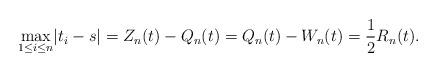
LaTeX: \begin{gather*}\underset{1\leq i\leq n} \max|t_i - s| = Z_n(t) -Q_n(t) = Q_n(t) - W_n(t) =\frac{1}{2}R_n(t).\end{gather*}